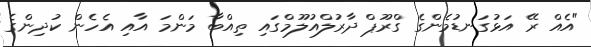
"އެއް ރޭ އަޅުގަނޑުމެންގެ ގްރޫޕް ދާރުލްއުލޫމްގައި ތިއްބާ މަންމަ އާއި އެހެން ކުދިންގެ